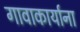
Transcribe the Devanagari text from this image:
गावाकार्याना